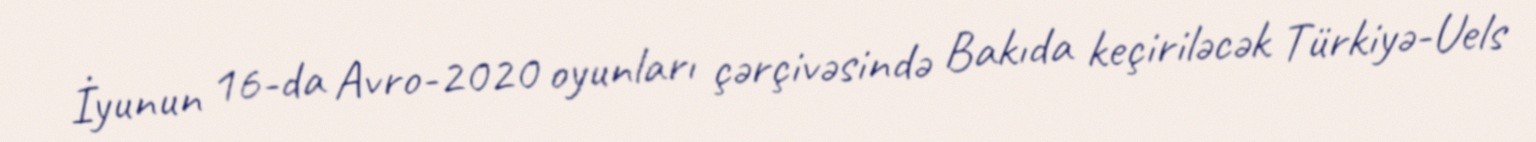
İyunun 16-da Avro-2020 oyunları çərçivəsində Bakıda keçiriləcək Türkiyə-Uels